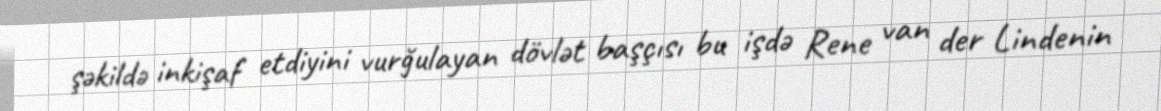
şəkildə inkişaf etdiyini vurğulayan dövlət başçısı bu işdə Rene van der Lindenin